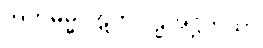
အဘိဓမ္ဓပါဋကပါဠိအဋ္ဌကထာ